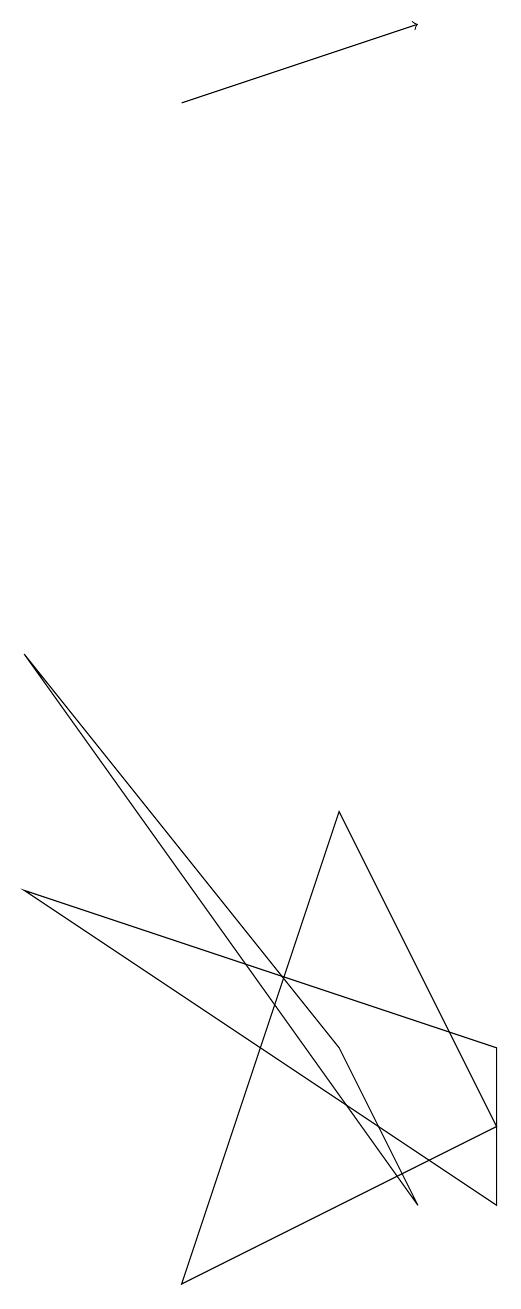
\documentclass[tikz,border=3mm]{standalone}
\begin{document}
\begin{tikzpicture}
\draw[->] (4,15) -- (7,16);
\draw (4,0) -- (8,2) -- (6,6) -- cycle;
\draw (8,1) -- (8,3) -- (2,5) -- cycle;
\draw (6,3) -- (7,1) -- (2,8) -- cycle;
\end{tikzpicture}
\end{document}